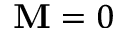
\mathbf M = 0